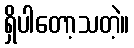
ရှိပါတော့သတဲ့။